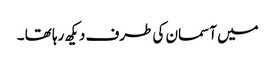
میں آسمان کی طرف دیکھ رہا تھا ۔